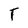
Character: T